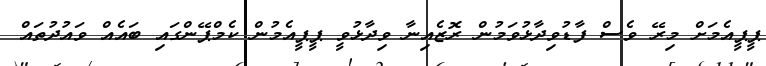
ޕީޕީއެމަށް މިރޭ ވެސް ފާޑުވިދާޅުވަމުން ރޮޒެއިނާ ވިދާޅުވީ ޕީޕީއެމުން ކެމްޕޭންގައި ބައެއް ވައުދުތައް